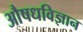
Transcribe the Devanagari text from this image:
औषधविज्ञान